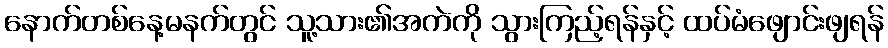
နောက်တစ်နေ့မနက်တွင် သူ့သား၏အကဲကို သွားကြည့်ရန်နှင့် ထပ်မံဖျောင်းဖျရန်